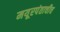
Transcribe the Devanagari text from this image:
मयूरपंताचीच